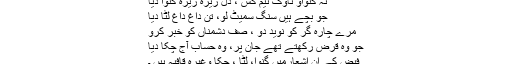
نہ گنواؤ ناوکِ نیم کش ، دل ریزہ ریزہ گنوا دیا
جو بچے ہیں سنگ سمیٹ لو، تن داغ داغ لٹا دیا
مرے چارہ گر کو نوید دو ، صفِ دُشمناں کو خبر کرو
جو وہ قرض رکھتے تھے جان پر، وہ حساب آج چکا دیا
فیض کے اِن اشعارمیں گنوا، لٹا ، چکا وغیرہ قافیہ ہیں ۔